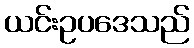
ယင်းဥပဒေသည်